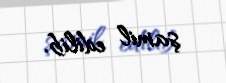
şamil edilib.